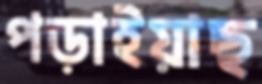
পড়াইয়াছ